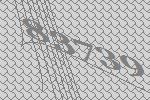
83739